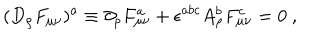
( D _ { \rho } F _ { \mu \nu } ) ^ { a } \equiv \partial _ { \rho } F _ { \mu \nu } ^ { a } + \epsilon ^ { a b c } A _ { \rho } ^ { b } F _ { \mu \nu } ^ { c } = 0 \ ,